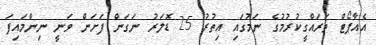
އެއާޕޯޓް ތަރައްގީކުރުމުގެ ނަމުގައި އިތުރު 25 ޑޮލަރު ނަގަން ފަށަން ވަނީ ނިންމައިފަ